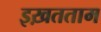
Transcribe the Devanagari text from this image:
इख़तताम